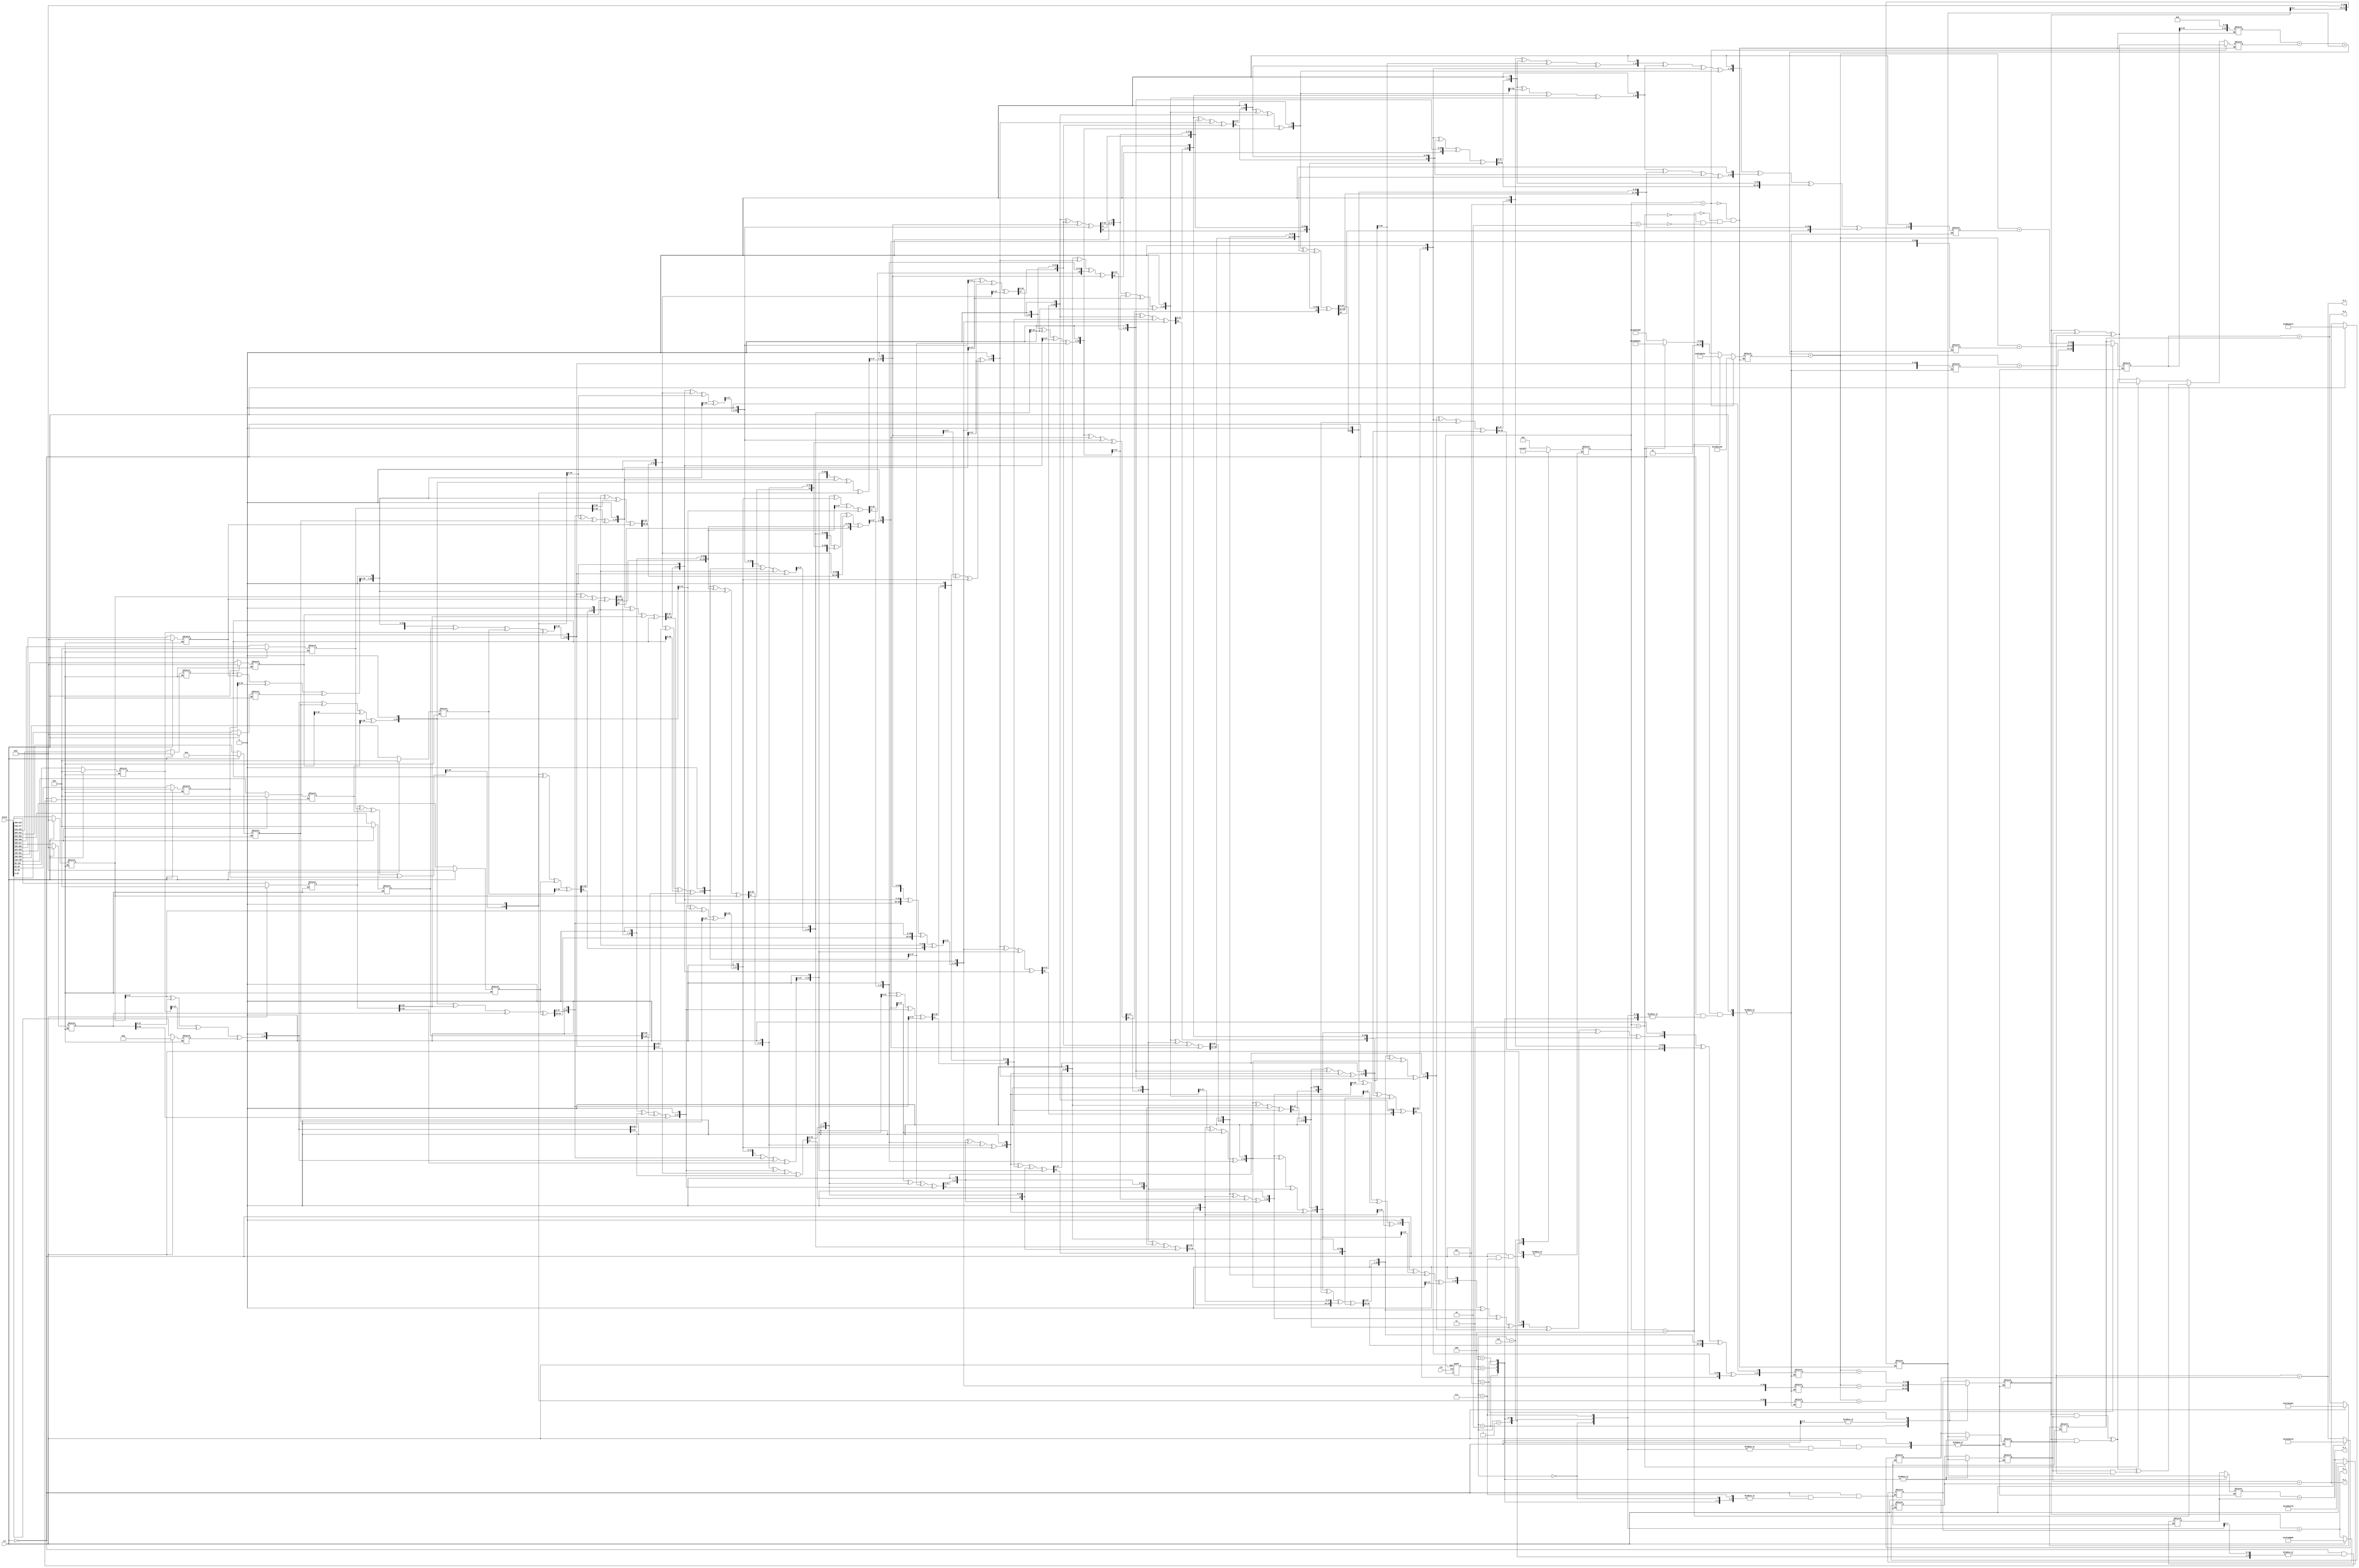
`timescale 1ns / 1ps
//////////////////////////////////////////////////////////////////////////////////
// Company: 
// Engineer: 
// 
// Design Name: 
// Module Name: sha_core
// Project Name: 
// Target Devices: 
// Tool Versions: 
// Description: 
// 
// Dependencies: 
// 
// Revision:
// Revision 0.01 - File Created
// Additional Comments:
// 
//////////////////////////////////////////////////////////////////////////////////


module sha_core(
input clk,rst,
input [511:0] block,
output [31:0] H_0,H_1,H_2,H_3,H_4
    );

reg [2:0] state;
reg [2:0] next_state;

reg tmp_done;

reg [31 : 0] w_mem [79 : 0];
reg [31:0] w_mem00_new;
reg [31:0] w_mem01_new;
reg [31:0] w_mem02_new;
reg [31:0] w_mem03_new;
reg [31:0] w_mem04_new;
reg [31:0] w_mem05_new;
reg [31:0] w_mem06_new;
reg [31:0] w_mem07_new;
reg [31:0] w_mem08_new;
reg [31:0] w_mem09_new;
reg [31:0] w_mem10_new;
reg [31:0] w_mem11_new;
reg [31:0]  w_mem12_new; 
reg [31:0]  w_mem13_new;
reg [31:0] w_mem14_new; 
reg [31:0] w_mem15_new; 
    
    //Intial H0 H1 H2 H3 H4
  parameter H0_0 = 32'h67452301;
  parameter H0_1 = 32'hefcdab89;
  parameter H0_2 = 32'h98badcfe;
  parameter H0_3 = 32'h10325476;
  parameter H0_4 = 32'hc3d2e1f0;
  
  //Active registers 
  reg [31 : 0] a, tmp_a;
  reg [31 : 0] b, tmp_b;
  reg [31 : 0] c;
  reg [31 : 0] d;
  reg [31 : 0] e;
  
//H
  reg [31 : 0] H0;
  reg [31 : 0] H1;
  reg [31 : 0] H2;
  reg [31 : 0] H3;
  reg [31 : 0] H4;
  
//F and T 
  reg [31:0] F;
  reg [31:0] T;
  reg [31:0] K;  
  
  reg [31 : 0] w_reg [3:0]; 
  

 ///////////////////////////////////////////////////////////////////////

    always @ (posedge clk or posedge rst) 
    begin: States
    if(rst) begin  
    state <= 0; 
            end
    
    else 
    state<=next_state; 
    
    end 
    //////////////////////////////////////////////////////////
    always@(state, block )
    begin: STATE
        integer i; 
        if(rst) begin  
         for (i = 0 ; i < 16 ; i = i + 1)begin
            w_mem[i] = 32'h0; end
            
       H0 = H0_0;
       H1 = H0_1; 
       H2 = H0_2;
       H3 = H0_3; 
       H4 = H0_4; 
                 end
   
    else begin 
                 
    case(state) 
    3'b000: begin //Set W 0-15
       
          w_mem[15] = block[511 : 480];
          w_mem[14] = block[479 : 448];
          w_mem[13] = block[447 : 416];
          w_mem[12] = block[415 : 384];
          w_mem[11] = block[383 : 352];
          w_mem[10] = block[351 : 320];
          w_mem[9] = block[319 : 288];
          w_mem[8] = block[287 : 256];
          w_mem[7] = block[255 : 224];
          w_mem[6] = block[223 : 192];
          w_mem[5] = block[191 : 160];
          w_mem[4] = block[159 : 128];
          w_mem[3] = block[127 : 96];
          w_mem[2] = block[95 : 64];
          w_mem[1] = block[63 : 32];
          w_mem[0] = block[31 : 0];

               next_state = 1; 
         end
        
    3'b001:    //Set W 16-79               
        begin: W_schedule
        
        integer i,j; 
        for (i = 16 ; i < 80 ; i = i + 1)begin
         #1   j = i -3; 
          w_reg[0] = w_mem[j];
           #1 j =i - 8; 
          w_reg[1] = w_mem[j];
         #1 j =i - 14; 
          w_reg[2] = w_mem[j];
          #1 j =i - 16; 
           w_reg[3] = w_mem[j]; 
           
           w_mem[i] = {w_reg[0] ^ w_reg[1]^w_reg[2]^w_reg[3]}<<1;     
            end    
            
            a = H0;
            b= H1; 
            c = H2; 
            d = H3; 
            e = H4; 
            
            next_state = 2;  
            end  
            
    3'b010:  begin: Workingvariables_0_t_19
        integer i,j; 
        for (i = 0 ; i < 20 ; i = i + 1)begin
         
            T = tmp_a +F + e + K +  w_mem[i];
            e = d; 
            d = c; 
            c = tmp_b; 
            b = a; 
            a = T; 
            
            
            end 
            next_state = 3; 
            end
            
      3'b011:  begin: Workingvariables_20_t_39
        integer i,j; 
        for (i = 20 ; i < 39 ; i = i + 1)begin
            
            T = tmp_a +F + e + K +  w_mem[i];
            e = d; 
            d = c; 
            c = tmp_b; 
            b = a; 
            a = T;
            end 
            next_state = 4; 
            end
      
      3'b100:  begin: Workingvariables_40_t_59
        integer i,j; 
        for (i = 20 ; i < 39 ; i = i + 1)begin
            
            T = tmp_a +F + e + K +  w_mem[i];
            e = d; 
            d = c; 
            c = tmp_b; 
            b = a; 
            a = T;
  
            end 
            next_state = 5; 
            end
   
     3'b101:  begin: Workingvariables_60_t_79
        integer i,j; 
        for (i = 60 ; i < 79 ; i = i + 1)begin
            
            T = tmp_a +F + e + K +  w_mem[i];
            e = d; 
            d = c; 
            c = tmp_b; 
            b = a; 
            a = T;
  
            end
             
            next_state = 6; 
            end
      
      3'b110:  begin
      
             H0 = a + H0; 
             H1 = b + H1; 
             H2 = c + H2; 
             H3 = d + H3; 
             H4 = e + H4; 
               
           
                next_state = 7;   
                    end
      
      3'b111:  begin
       // Ends here 
                    end
    
    endcase
    end
    end 
 ///////////////////////////////////////////////////////////////////////
 /*always @( next_state) 
 begin 
 if(next_state == 7) 
 tmp_done = 1; 
 else
 tmp_done =0; 
 end
 */
 ///////////////////////////////////////////////////////////////////////

  always@(next_state)
    begin
    if (next_state == 2) begin
    K = 32'h5a827999 ;
    F =( (b & c) ^ (b & d) );
    tmp_a = (a<<5);
    tmp_b = (b<<30); 
    end
    
    if (next_state ==3)begin 
    K = 32'h6ed9eba1;
    F =( b ^ c ^ d );
    tmp_a = (a<<5);
    tmp_b = (b<<30); 
    end 
      if (next_state ==4)begin 
    K = 32'h8f1bbcdc ;
    F =( (b & c) ^ (b & d) ^ (c & d) );
    tmp_a = (a<<5);
    tmp_b = (b<<30); 
    end  
    
      if (next_state ==5)begin 
    K = 32'hca62c1d6;
    F =( b ^ c ^ d );
    tmp_a = (a<<5);
    tmp_b = (b<<30); 
    end 
   
   
    end
  ///////////////////////////////////////////////////////////////////////
  
  
   assign H_0 = a + H0; 
   assign H_1 = b + H1; 
   assign H_2 = c + H2; 
   assign H_3 = d + H3; 
   assign H_4 = e + H4; 
   
   
endmodule